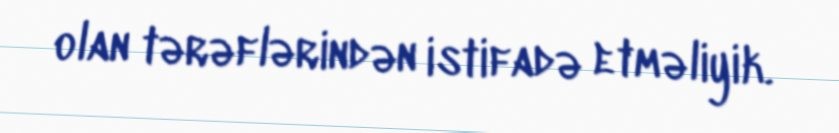
olan tərəflərindən istifadə etməliyik.